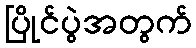
ပြိုင်ပွဲအတွက်